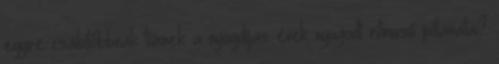
egyre csábítóbbnak tűnnek a nyugdíjas évek nyugodt ritmusú pillanatai?